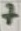
Text: 7